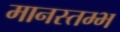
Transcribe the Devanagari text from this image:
मानस्तम्भ